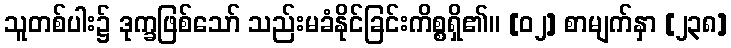
သူတစ်ပါး၌ ဒုက္ခဖြစ်သော် သည်းမခံနိုင်ခြင်းကိစ္စရှိ၏။ [၀၂] စာမျက်နှာ [၂၃၈]